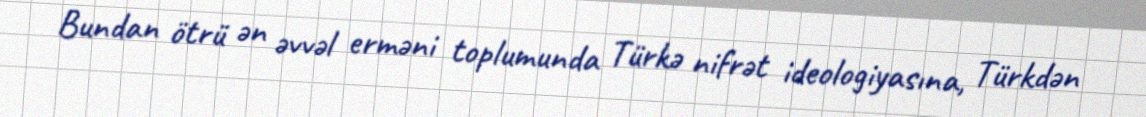
Bundan ötrü ən əvvəl erməni toplumunda Türkə nifrət ideologiyasına, Türkdən